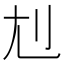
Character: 𡯇